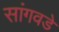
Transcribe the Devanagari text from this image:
सांगवडे